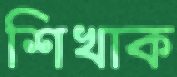
শিখাক